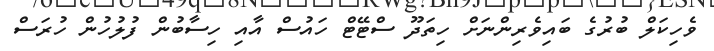
ވެހިކަލް ބުރުގެ ބައިވެރިންނަށް ހިތަދޫ ސްޓޭޓް ހައުސް އާއި ހިސާބުން ފުލުހުން ހުރަސް